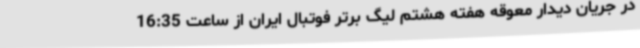
در جریان دیدار معوقه هفته هشتم لیگ برتر فوتبال ایران از ساعت 16:35